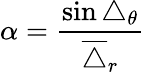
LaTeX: \alpha=\frac{\sin\triangle_{\theta}}{\overline{{\triangle}}_{r}}